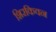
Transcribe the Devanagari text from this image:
शिरकिवन